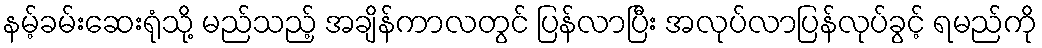
နမ့်ခမ်းဆေးရုံသို့ မည်သည့် အချိန်ကာလတွင် ပြန်လာပြီး အလုပ်လာပြန်လုပ်ခွင့် ရမည်ကို